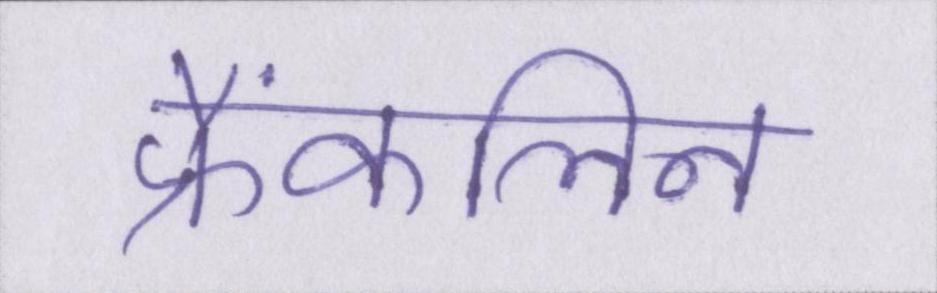
फ्रैंकलिन